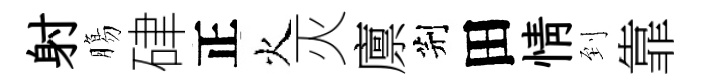
射膓硉正火灭廪荆田情到靠